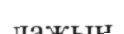
лажын